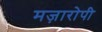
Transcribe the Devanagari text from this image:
मज़ारोपी